画像に写った文字を読んでください
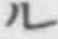
「ル」と書いてあります